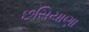
છસિયાણા